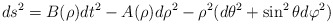
\begin{align*} ds^2=B(\rho)dt^2-A(\rho)d \rho^2-\rho^2(d\theta^2+ \sin^2\theta d\varphi^2)\end{align*}